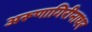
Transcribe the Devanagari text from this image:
अरूणागिरीनाथर